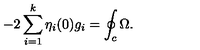
- 2 \sum _ { i = 1 } ^ { k } \eta _ { i } ( 0 ) g _ { i } = \oint _ { c } \Omega .